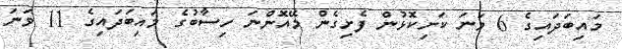
މައިބަދައިގެ 6 ވަނަ ކަށިކޮޅުން ފެށިގެން މޭއޮންނަ ހިސާބުގެ މައިބަދައިގެ 11 ވަނަ